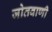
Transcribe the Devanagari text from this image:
जोतवाणी